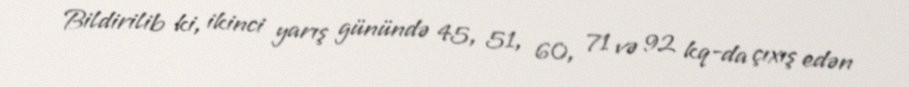
Bildirilib ki, ikinci yarış günündə 45, 51, 60, 71 və 92 kq-da çıxış edən